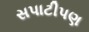
સપાટીપણ